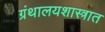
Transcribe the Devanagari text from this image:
ग्रंथालयशास्त्रात